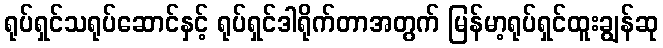
ရုပ်ရှင်သရုပ်ဆောင်နှင့် ရုပ်ရှင်ဒါရိုက်တာအတွက် မြန်မာ့ရုပ်ရှင်ထူးချွန်ဆု